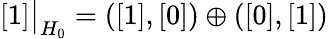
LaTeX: [1]\bigr|_{H_{0}}=([1],[0])\oplus([0],[1])